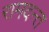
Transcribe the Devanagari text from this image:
रामदन्त